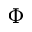
\Phi